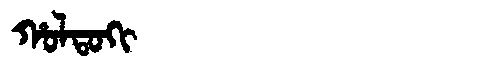
Manchu: ᡥᠣᠯᡨᠣᡴᡳ
Romanization: HOLTOKI